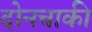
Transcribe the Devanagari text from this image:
दोनचाकी